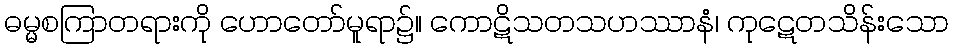
ဓမ္မစကြာတရားကို ဟောတော်မူရာ၌။ ကောဋိသတသဟဿာနံ၊ ကုဋေတသိန်းသော